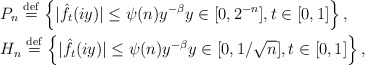
\begin{align*}&P_{n} \overset{\mathrm{def}}{=} \left\{|\hat{f}_{t}(iy)|\le \psi(n)y^{-\beta} y\in[0, 2^{-n}], t\in[0,1] \right\},\\&H_{n} \overset{\mathrm{def}}{=} \left\{|\hat{f}_{t}(iy)|\le \psi(n)y^{-\beta} y\in[0, 1/\sqrt{n}], t\in[0,1] \right\}, \end{align*}